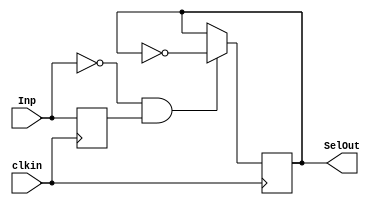
`timescale 1ns / 1ps
module Switch_Logic(
    input clkin, Inp,
    output SelOut
    );
    
    //Inp is the input from the debounce filter for the middle button
    reg Regout = 1'b0;
    reg Regswitch = 1'b0;
    
    always@(posedge clkin)
    begin
        Regswitch <= Inp;
        if(Inp == 1'b0 && Regswitch == 1'b1)
            begin
                Regout<=~Regout;
            end
    end
    
    assign SelOut = Regout;
endmodule